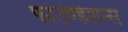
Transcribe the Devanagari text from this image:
फाउण्डेशन्स